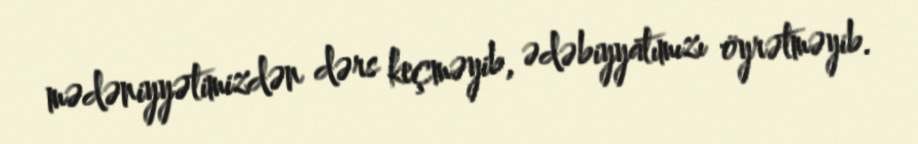
mədəniyyətimizdən dərs keçməyib, ədəbiyyatımızı öyrətməyib.